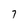
Character: 7